Annual report of the Punjab Veterinary College and of the Civil Veterinary Department, Punjab - 1926-1932
Year: 1926
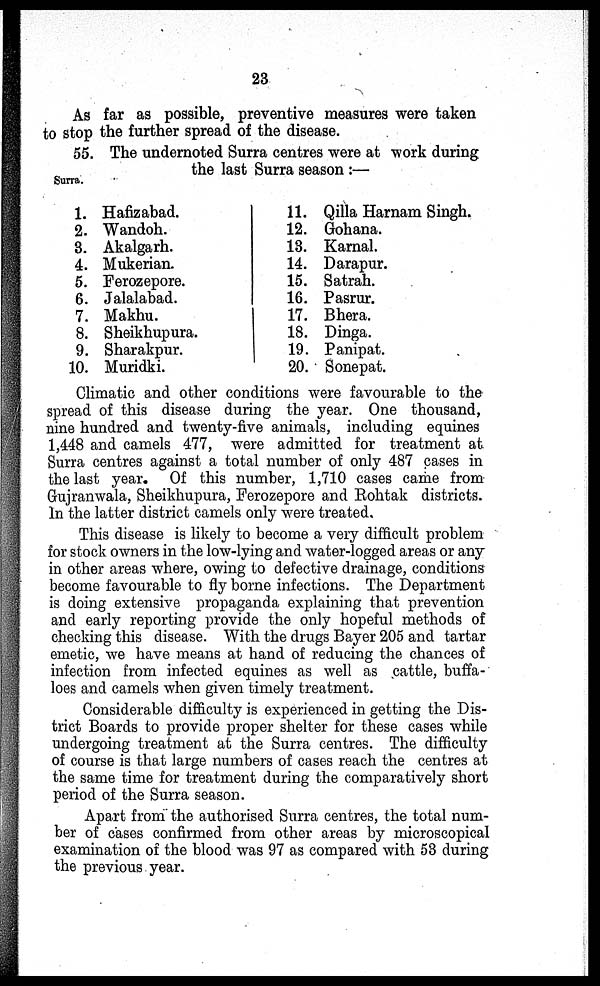
23
As far as possible, preventive measures were taken
to stop the further spread of the disease.
Surra.
55. The undernoted Surra centres were at work during
the last Surra season :—
1. Hafizabad.
2. Wandoh.
3. Akalgarh.
4. Mukerian.
5. Ferozepore.
6. Jalalabad.
7. Makhu.
8. Sheikhupura.
9. Sharakpur.
10. Muridki.
11. Qilla Harnam Singh.
12. Gohana.
13. Karnal.
14. Darapur.
15. Satrah.
16. Pasrur.
17. Bhera.
18. Dinga.
19. Panipat.
20. Sonepat.
Climatic and other conditions were favourable to the
spread of this disease during the year. One thousand,
nine hundred and twenty-five animals, including equines
1,448 and camels 477, were admitted for treatment at
Surra centres against a total number of only 487 cases in
the last year. Of this number, 1,710 cases came from
Gujranwala, Sheikhupura, Ferozepore and Rohtak districts.
In the latter district camels only were treated.
This disease is likely to become a very difficult problem
for stock owners in the low-lying and water-logged areas or any
in other areas where, owing to defective drainage, conditions
become favourable to fly borne infections. The Department
is doing extensive propaganda explaining that prevention
and early reporting provide the only hopeful methods of
checking this disease. With the drugs Bayer 205 and tartar
emetic, we have means at hand of reducing the chances of
infection from infected equines as well as cattle, buffa-
loes and camels when given timely treatment.
Considerable difficulty is experienced in getting the Dis-
trict Boards to provide proper shelter for these cases while
undergoing treatment at the Surra centres. The difficulty
of course is that large numbers of cases reach the centres at
the same time for treatment during the comparatively short
period of the Surra season.
Apart from the authorised Surra centres, the total num-
ber of cases confirmed from other areas by microscopical
examination of the blood was 97 as compared with 53 during
the previous year.